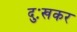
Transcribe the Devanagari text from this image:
दुःखकर